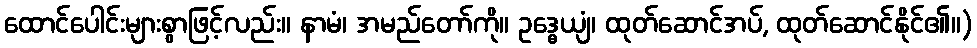
ထောင်ပေါင်းများစွာဖြင့်လည်း။ နာမံ၊ အမည်တော်ကို။ ဥဒ္ဓေယျံ၊ ထုတ်ဆောင်အပ်, ထုတ်ဆောင်နိုင်၏။)